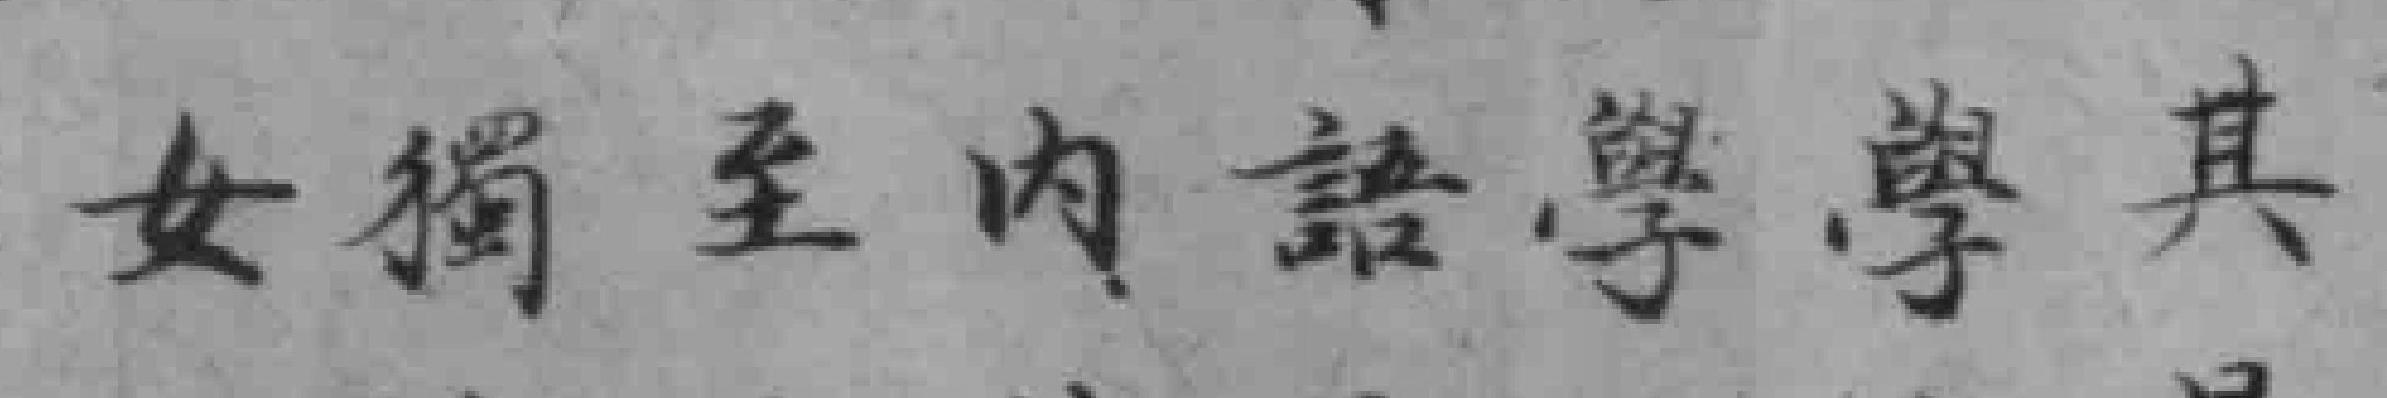
女獨至內語學學其